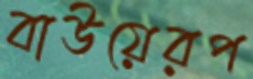
বাউয়েরপ